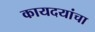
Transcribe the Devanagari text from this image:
कायदयांचा